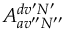
A _ { a v ^ { \prime \prime } N ^ { \prime \prime } } ^ { d v ^ { \prime } N ^ { \prime } }